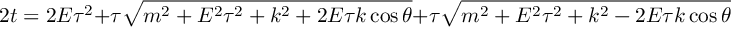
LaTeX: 2 t = 2 E \tau ^ { 2 } + \tau \sqrt { m ^ { 2 } + E ^ { 2 } \tau ^ { 2 } + k ^ { 2 } + 2 E \tau k \cos \theta } + \tau \sqrt { m ^ { 2 } + E ^ { 2 } \tau ^ { 2 } + k ^ { 2 } - 2 E \tau k \cos \theta } .